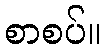
စာစပ်။